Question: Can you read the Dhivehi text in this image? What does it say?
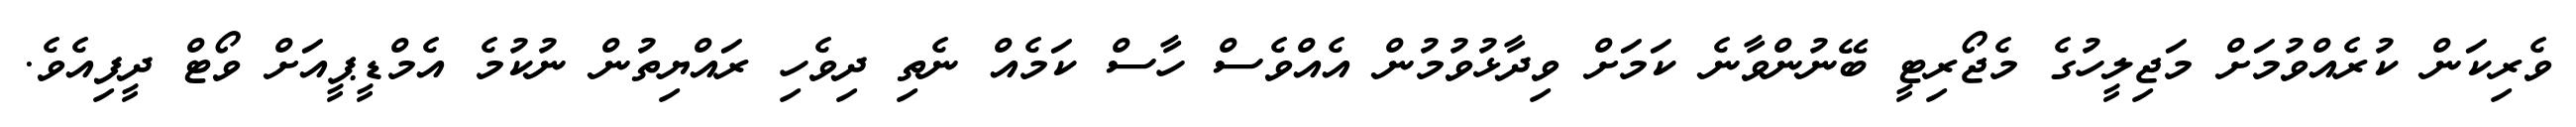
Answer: ވެރިކަން ކުރެއްވުމަށް މަޖިލީހުގެ މެޖޯރިޓީ ބޭނުންވާނެ ކަމަށް ވިދާޅުވުމުން އެއްވެސް ހާސް ކަމެއް ނެތި ދިވެހި ރައްޔިތުން ނުކުމެ އެމްޑީޕީއަށް ވޯޓް ދީފިއެވެ.